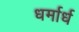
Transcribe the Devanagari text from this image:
धर्मार्ध